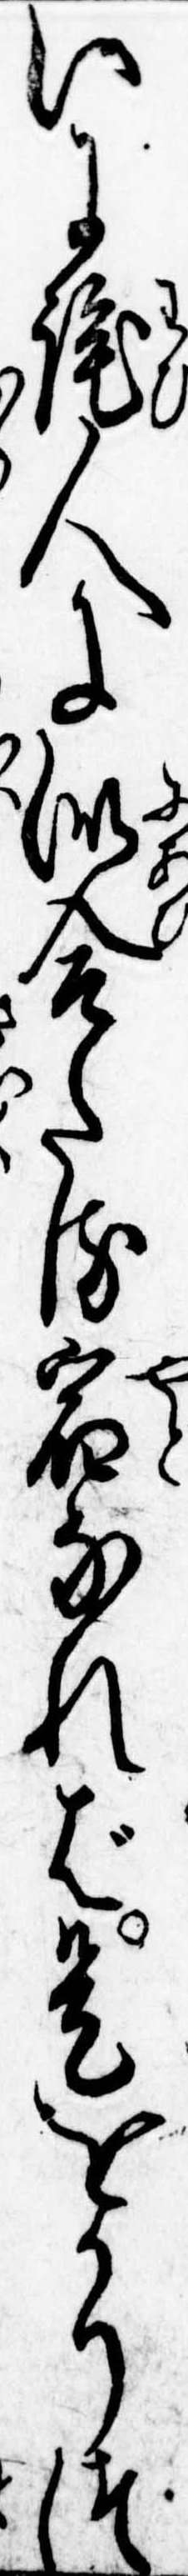
いに侘人に似合たる宿なれば是をかりつ